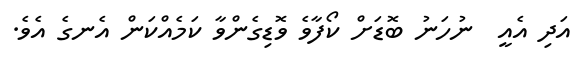
އަދި އެއީ  ނުހަނު ބޮޑަށް ކޯފާވެ ވޮޑިގެންވާ ކަމެއްކަން އެނގެ އެވެ.